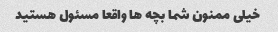
خیلی ممنون شما بچه ها واقعا مسئول هستید